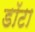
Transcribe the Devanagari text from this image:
डॉटा